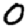
Digit: 0